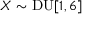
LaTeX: X \sim \mathrm { D U } [ 1 , 6 ]